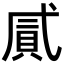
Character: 𢎐